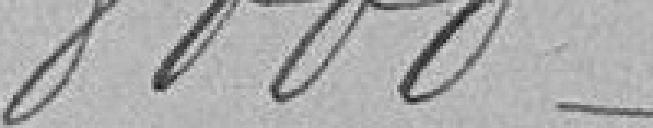
8000